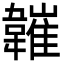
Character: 𩏘